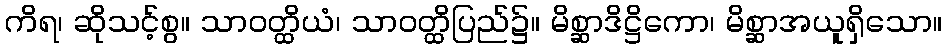
ကိရ၊ ဆိုသင့်စွ။ သာဝတ္ထိယံ၊ သာဝတ္ထိပြည်၌။ မိစ္ဆာဒိဋ္ဌိကော၊ မိစ္ဆာအယူရှိသော။